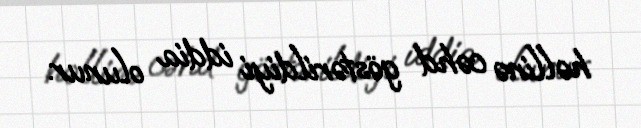
həllinə cəhd göstərildiyi iddia olunur.